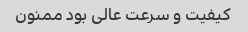
کیفیت و سرعت عالی بود ممنون